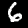
Digit: 6